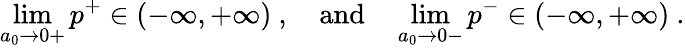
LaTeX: \operatorname*{lim}_{a_{0}\to 0+}p^{+}\in(-\infty,+\infty)~,\quad\mathrm{and}\quad\operatorname*{lim}_{a_{0}\to 0-}p^{-}\in(-\infty,+\infty)~.